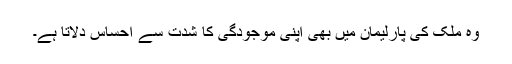
وہ ملک کی پارلیمان میں بھی اپنی موجودگی کا شدت سے احساس دلاتا ہے۔